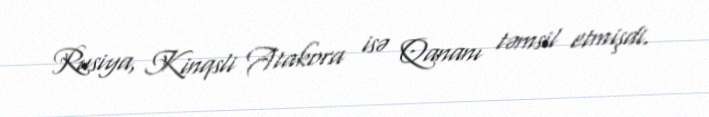
Rusiya, Kinqsli Atakora isə Qananı təmsil etmişdi.